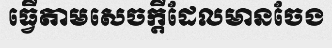
ធ្វើតាមសេចក្តីដែលមានចែង